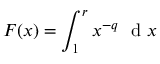
F ( x ) = \int _ { 1 } ^ { r } x ^ { - q } \ \mathrm { ~ d ~ } x